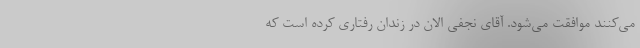
می‌کنند موافقت می‌شود. آقای نجفی الان در زندان رفتاری کرده است که